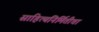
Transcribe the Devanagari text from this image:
साहित्यनिर्मितीचा